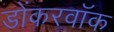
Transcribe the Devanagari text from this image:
डोंकरवॉक